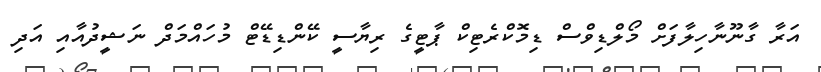
އަރާ ގާނޫނާހިލާފަށް މޯލްޑިވްސް ޑިމޮކްރެޓިކް ޕާޓީގެ ރިޔާސީ ކޭންޑިޑޭޓް މުހައްމަދް ނަޝީދުއާއި އަދި